Report of the Indian Hemp Drugs Commission, 1894-1895 - Volume I
Year: 1894
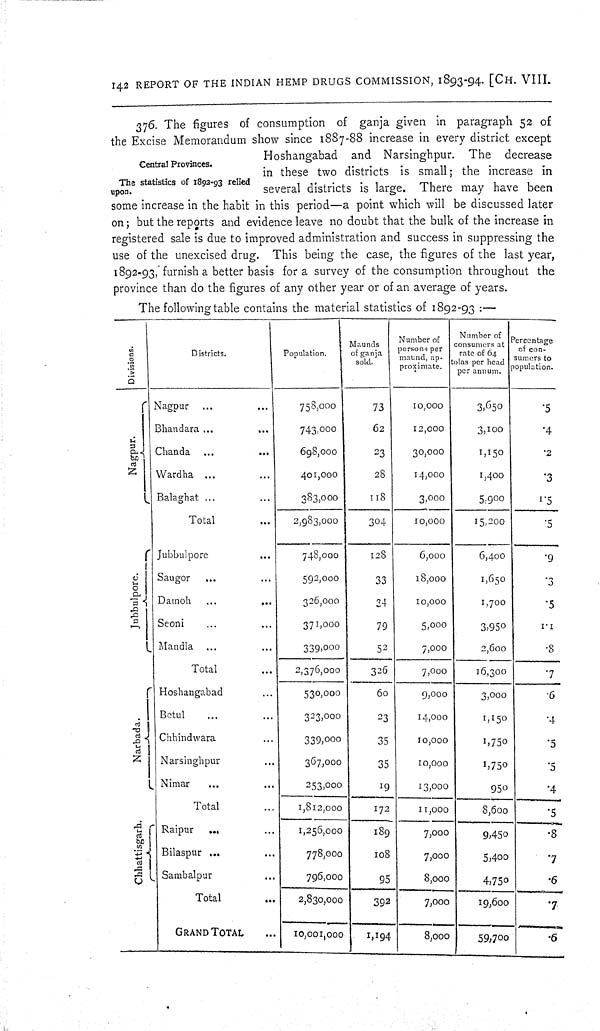
142 REPORT OF THE INDIAN HEMP DRUGS COMMISSION, 1893-94. [CH. VIII.
Central Provinces.
The statistics of 1892-93 relied
upon.
376. The figures of consumption of ganja given in paragraph 52 of
the Excise Memorandum show since 1887-88 increase in every district except
Hoshangabad and Narsinghpur. The decrease
in these two districts is small; the increase in
several districts is large. There may have been
some increase in the habit in this period—a point which will be discussed later
on; but the reports and evidence leave no doubt that the bulk of the increase in
registered sale is due to improved administration and success in suppressing the
use of the unexcised drug. This being the case, the figures of the last year,
1892-93, furnish a better basis for a survey of the consumption throughout the
province than do the figures of any other year or of an average of years.
The following table contains the material statistics of 1892-93:—
Divisions.
Districts.
Population.
Maunds
of ganja
sold.
Number of
persons per
maund, ap-
proximate.
Number of
consumers at
tolas Per head
per annum.
Percentage
of con-
sumers to
population.
Nagpur.
Nagpur
758,000
73
10,000
3,650
.5
Nagpur.
Bhandara
743,000
62
12,000
3,100
.4
Nagpur.
Chanda
698,000
23
30,000
1,150
.2
Nagpur.
Wardha
401,000
28
14,000
1,400
.3
Nagpur.
Balaghat
383,000
118
3,000
5,900
1.5
Nagpur.
Total
2,983,000
304
10,000
15,200
.5
Jubbulpore.
Jubbulpore
748,000
128
6,000
6,400
.9
Jubbulpore.
Saugor
592,000
33
18,000
1,650
.3
Jubbulpore. Damoh
326,000
34
10,000
1,700
.5
Jubbulpore.
Seoni
371,000
79
5,000
3,950
1.1
Jubbulpore.
Mandla
339,000
52
7,000
2,600
.8
Jubbulpore.
Total
2,376,000
326
7,000
16,300
.7
Narbada.
Hoshangabad
530,000
60
9,000
3,000
.6
Narbada.
Betul
323,000
23
14,000
1,150
.4
Narbada. Chhindwara
339,000
35
10,000
1,750
.5
Narbada.
Narsinghpur
367,000
35
10,000
1,750
.5
Narbada.
Nimar
253,000
19
13,000
950
.4
Narbada.
Total
1,812,000
172
11,000
8,600
.5
Chhattisgarh.
Raipur
1,256,000
189
7,000
9,450
.8
Chhattisgarh.
Bilaspur
778,000
108
7,000
5,400
.7
Chhattisgarh. Sambalpur
796,000
95
8,000
4,750
.6
Chhattisgarh.
Total
2,830,000
392
7,000
19,600
.7
Chhattisgarh.
GRAND TOTAL
10,001,000
1,194
8,000
59,700
.6